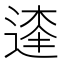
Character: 𨔱